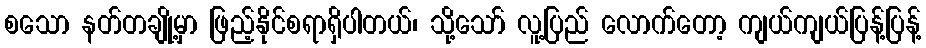
စသော နတ်တချို့မှာ ဖြည့်နိုင်စရာရှိပါတယ်၊ သို့သော် လူ့ပြည် လောက်တော့ ကျယ်ကျယ်ပြန့်ပြန့်